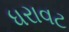
ધરાવટ